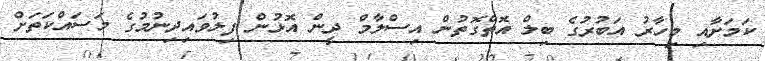
ކަމަށާއި މިހާރު އަބުރުގެ ބިލް އޮތްގޮތުން އިސްލާމް ދީން އޮޅުން ފިލުވައިދިނުމުގެ މަސައްކަތަށް